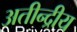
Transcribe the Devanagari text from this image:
अतीन्‍द्रीय